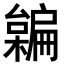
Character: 𣝜